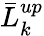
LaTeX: \bar{L}_{k}^{up}